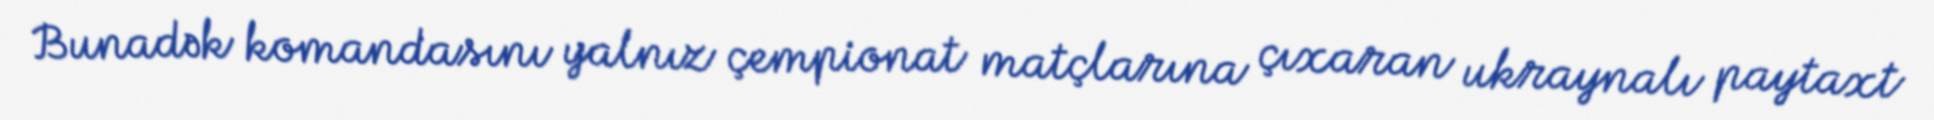
Bunadək komandasını yalnız çempionat matçlarına çıxaran ukraynalı paytaxt